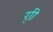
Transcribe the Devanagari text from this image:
र्‍ाी